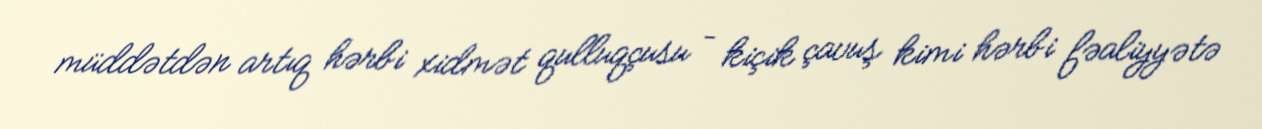
müddətdən artıq hərbi xidmət qulluqçusu – kiçik çavuş kimi hərbi fəaliyyətə